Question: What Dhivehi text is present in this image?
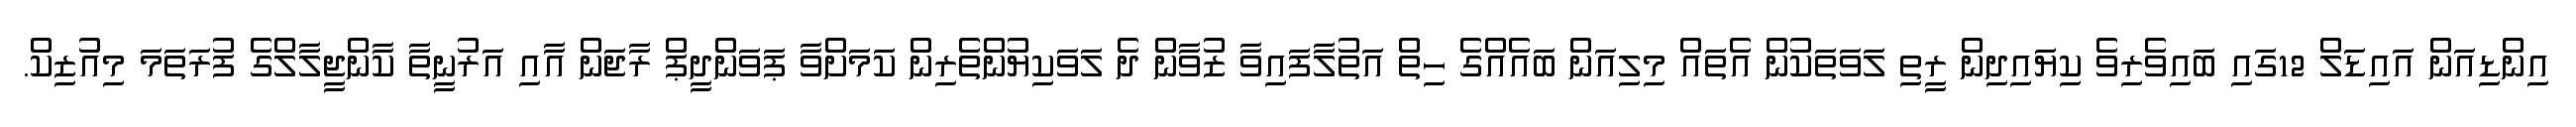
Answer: އިންޑިއަން އައިޑަލް 12ގައި ބައިވެރިވެ ކިޔައިދިން ރީތި ލަވަތަކުން އެތައް މިލިއަން ބައެއްގެ ހިތް އަތުލާފައިވާ ޒުވާން ދެ ލަވަކިޔުންތެރިން ކަމަށްވާ ޕަވަންދީޕް ރާޖަން އާއި އަރުނީތާ ކާންޖީލާލްގެ ފުރަތަމަ މިއުޒިކް.